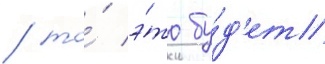
/ то́ э́то бу́д'ет